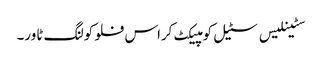
سٹینلیس سٹیل کومپیکٹ کراس فلو کولنگ ٹاور۔